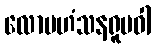
လောမဟံသနရူပဝါ